Document type: Grant
Year: 1246
Scribe: Guillem de Moneca
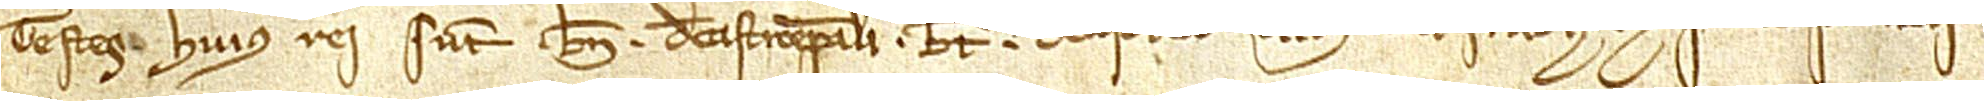
Testes huius rei sunt: Bn. de Castroepiscopali, Bertrandus de Castelleto, clericus Villefranche, et Petrus de Castroveteri.